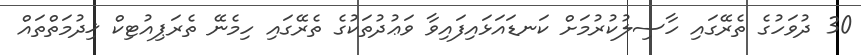
30 ދުވަހުގެ ތެރޭގައި ހާސިލުކުރުމަށް ކަނޑައަޅައިފައިވާ ވަޢުދުތަކުގެ ތެރޭގައި ހިމެނޭ ތެރަޕިއުޓިކް ޚިދުމަތްތައް